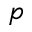
p